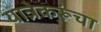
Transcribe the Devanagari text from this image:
यात्रेकरूंचा